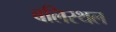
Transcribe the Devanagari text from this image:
बलिस्थल